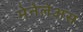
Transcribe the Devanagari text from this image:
मेनेलेअस